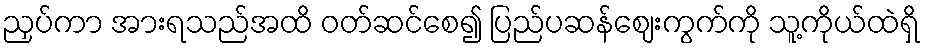
ညှပ်ကာ အားရသည်အထိ ဝတ်ဆင်စေ၍ ပြည်ပဆန်ဈေးကွက်ကို သူ့ကိုယ်ထဲရှိ